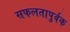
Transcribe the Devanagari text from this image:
सफलतापुर्वक